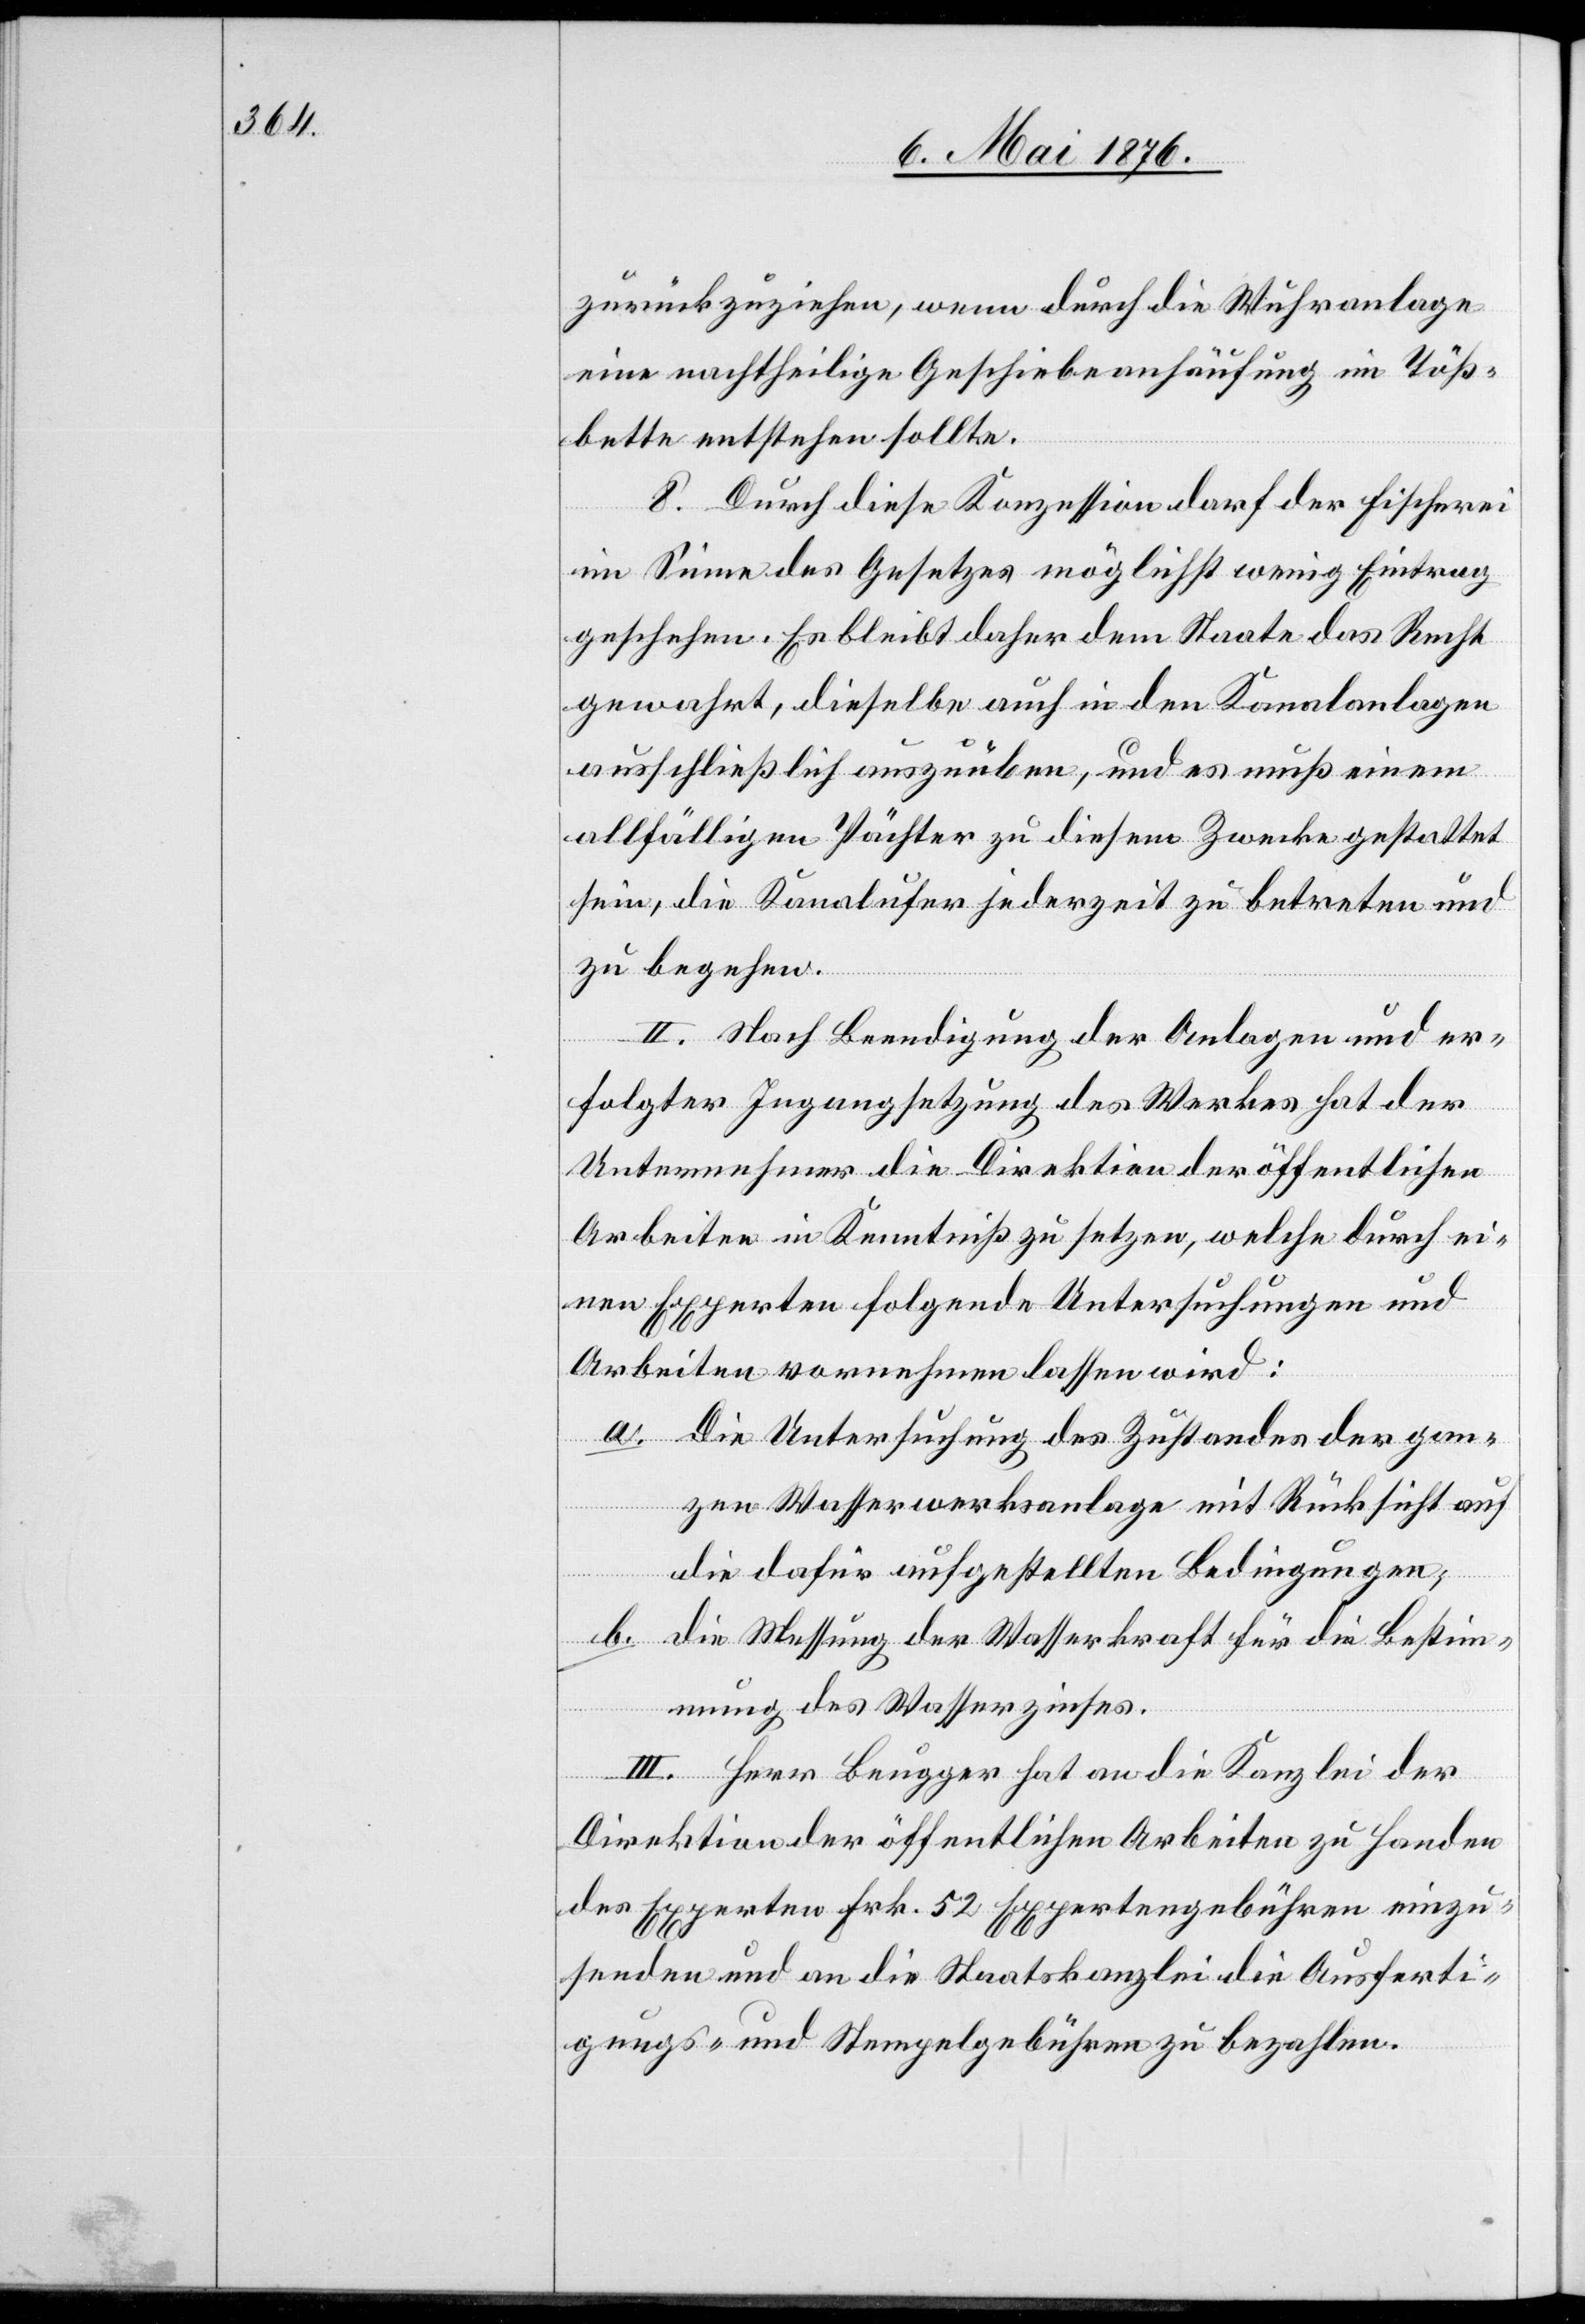
zurückzuziehen, wenn durch die Wuhranlage
eine nachtheilige Geschiebeanhäufung im Töß¬
bette entstehen sollte.
8. Durch diese Konzession darf der Fischerei
im Sinne des Gesetzes möglichst wenig Eintrag
geschehen. Es bleibt daher dem Staate das Recht
gewahrt, dieselbe auch in den Kanalanlagen
ausschließlich auszuüben, und es muß einem
allfälligen Pächter zu diesem Zwecke gestattet
sein, die Kanalufer jederzeit zu betreten und
zu begehen.
II. Nach Beendigung der Anlagen und er¬
folgter Ingangsetzung des Werkes hat der
Unternehmer die Direktion der öffentlichen
Arbeiten in Kenntniß zu setzen, welche durch ei¬
nen Experten folgende Untersuchungen und
Arbeiten vornehmen lassen wird:
a. Die Untersuchung des Zustandes der gan¬
zen Wasserwerksanlage mit Rücksicht auf
die dafür aufgestellten Bedingungen;
b. die Messung der Wasserkraft für die Bestim¬
mung des Wasserzinses.
III. Herr Beugger hat an die Kanzlei der
Direktion der öffentlichen Arbeiten zu Handen
des Experten Frk. 52 Expertengebühren einzu¬
senden und an die Staatskanzlei die Ausferti¬
gungs- und Stempelgebühren zu bezahlen.